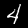
Digit: 4